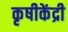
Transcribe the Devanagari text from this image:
कृषीकेंद्री